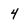
Character: 4